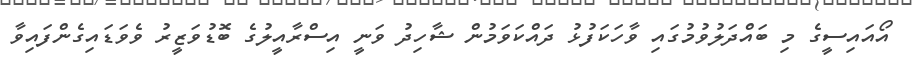
އޯއައިސީގެ މި ބައްދަލުވުމުގައި ވާހަކަފުޅު ދައްކަވަމުން ޝާހިދު ވަނީ އިސްރާއީލުގެ ބޮޑުވަޒީރު ވެވަޑައިގެންފައިވާ